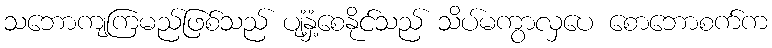
သဘောကျကြမည်ဖြစ်သည် ပျံ့နှံ့စေနိုင်သည် သိပ်မကွာလှပေ စောဘောစက်က